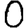
Digit: 0